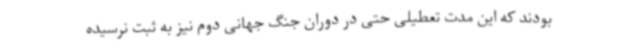
بودند که این مدت تعطیلی حتی در دوران جنگ جهانی دوم نیز به ثبت نرسیده